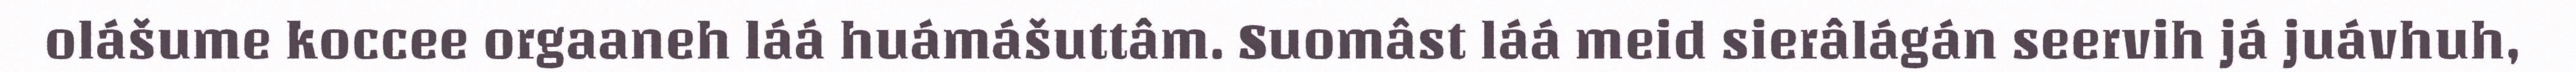
olášume koccee orgaaneh láá huámášuttâm. Suomâst láá meid sierâlágán seervih já juávhuh,